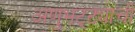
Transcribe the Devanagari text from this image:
अणुभट्ट्याची